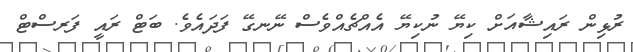
ރުޅިން ރައިޝާއަށް ކިޔޭ ނުކިޔޭ އެއްޗެއްވެސް ނޭނގޭ ފަދައެވެ. ބަޓް ރައީ ފަރސްޓް